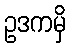
ဥဒကမှိ